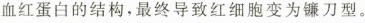
血红蛋白的结构，最终导致红细胞变为镰刀型。